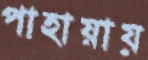
পাহায়ায়